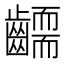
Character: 𮯔